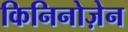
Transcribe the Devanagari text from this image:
किनिनोज़ेन